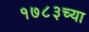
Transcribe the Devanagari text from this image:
१७८३च्या